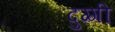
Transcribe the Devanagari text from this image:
दुग्गी